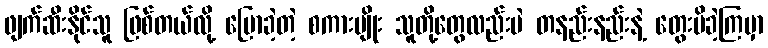
ဖျက်ဆီးနိုင်သူ ဖြစ်တယ်လို့ ပြောခဲ့တဲ့ စကားမျိုး သူတို့တွေလည်းပဲ တနည်းနည်းနဲ့ တွေးမိခဲ့ကြမှာ